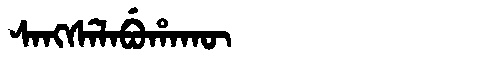
Manchu: ᠰᠠᠩᠰᡝᠯᠠᠪᡠᡥᠠᡴᡡ
Romanization: SANGSELABUHAKŪ